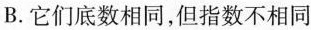
B.它们底数相同，但指数不相同